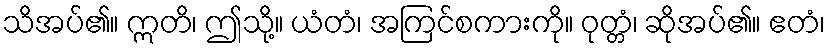
သိအပ်၏။ ဣတိ၊ ဤသို့။ ယံတံ၊ အကြင်စကားကို။ ဝုတ္တံ၊ ဆိုအပ်၏။ ဧတံ၊